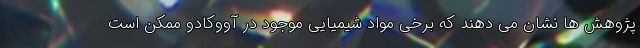
پژوهش ها نشان می دهند که برخی مواد شیمیایی موجود در آووکادو ممکن است